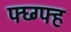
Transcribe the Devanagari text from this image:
फ्घ्ग्फ्ह